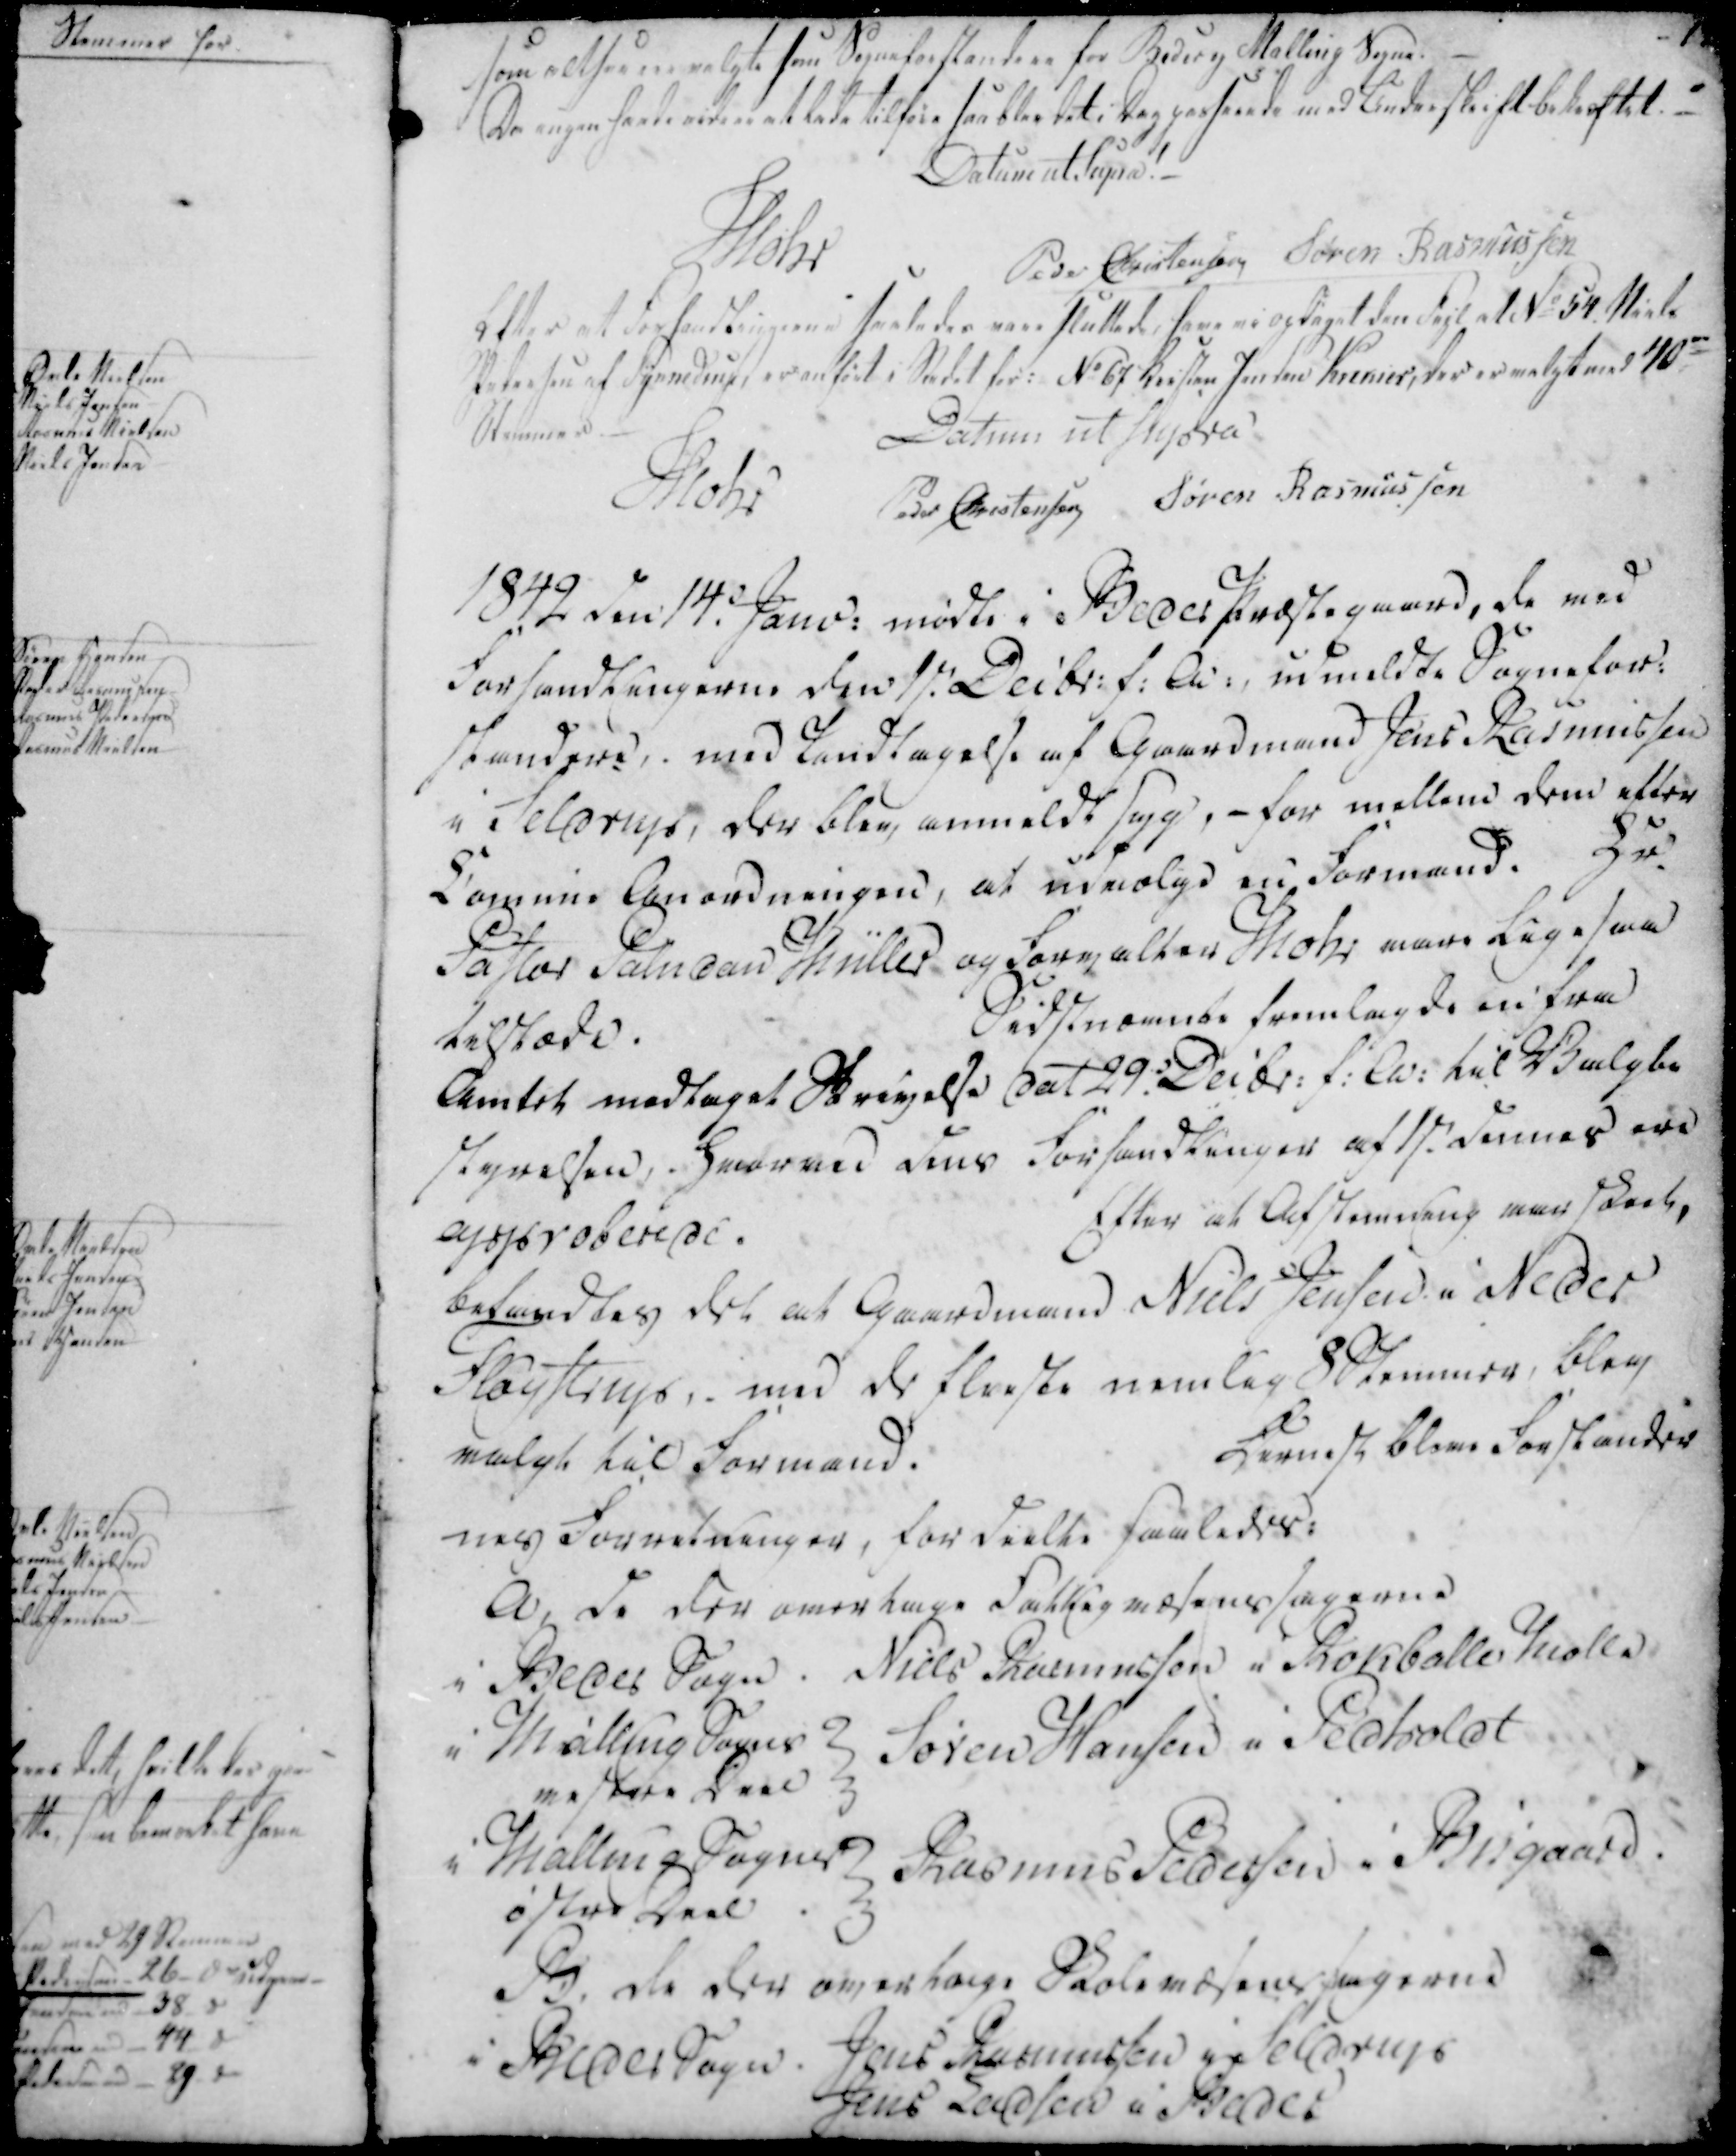
Transskription:
som altsaa er valgte som Sogneforstandere for Beder og Malling Sogne.
Da ingen havde videre at lade tilføie saa blev det i Dag passende med Underskrift bekræftet.

Datum at Supra!

Mohr

Peder Christensen
Søren Rasmussen

Efter at Forhandlingerne saaledes vare sluttede, have vi opdaget den Fejl at № 54 Niels
Pedersen af Synnedrup, er anført i Stedet for: № 67 Kristen Jensen Krekier, der er valgt med 40-
Stemmer
Datum ut supra

Mohr

Peder Christensen
Søren Rasmussen

1842 den 14. Janu: mødte i Beder Præstegaard, de med
Forhandlingerne den 1st. Decbr: f: A:, udmeldte Sognefor-
standere, med Undtagelse af Gaardmand Jens Rasmussen
i Seldrup, der blev anmeldt Syg, - for mellem dem efter
Lommie Anordningen, at udvalge en Formand. Hr.
Pastor Paludan Müller og Forvalter Mohr vare lige saa
tilstede.
Sidstnævnte fremlagde en fra
Amtet medtaget Skrivelse dat 29. Decbr: f: A: til Valgbe
styrelsen, . Hvormed dens Forhandlinger af 17. Januar ere
approberede.
Efter at Afstemning var slut,
befandtes det at Gaardmand Niels Jensen i Neder
Fløystrup, med de fleeste nemlig 8 Stemmer, blev
valgt til Formand.
Dernest bleve Forstander

nes Forretninger, fordeelte saaledes:
A, de der overtage Fattigvæsenssagerne
i Beder Sogn
Niels Rasmussen i Rokballe Mølle
i Malling Sogns
vestere Daal
Søren Hansen i Pedholdt
i Malling Sogns
øster Daal
Rasmus Pedersen i Bisgaard.
B, de der overtage Skolevæsenssagerne
i Beder Sogn.
Jens Rasmussen i Seldrup
Jens Ladsen i Beder